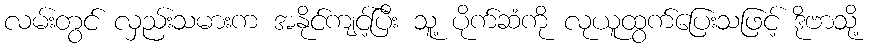
လမ်းတွင် လှည်းသမားက အနိုင်ကျင့်ပြီး သူ့ ပိုက်ဆံကို လုယူထွက်ပြေးသဖြင့် ဒိုဗာသို့